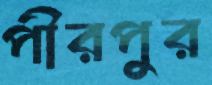
পীরপুর